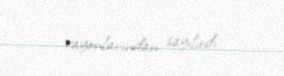
rayonlarından sayılırdı.